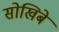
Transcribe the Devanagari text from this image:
सोखिबे